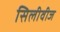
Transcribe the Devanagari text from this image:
सिलीवीज